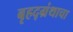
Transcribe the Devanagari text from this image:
बृहद्‌ग्रंथाचा